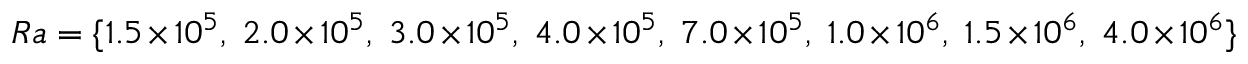
R a = \{ 1 . 5 \times 1 0 ^ { 5 } , \ 2 . 0 \times 1 0 ^ { 5 } , \ 3 . 0 \times 1 0 ^ { 5 } , \ 4 . 0 \times 1 0 ^ { 5 } , \ 7 . 0 \times 1 0 ^ { 5 } , \ 1 . 0 \times 1 0 ^ { 6 } , \ 1 . 5 \times 1 0 ^ { 6 } , \ 4 . 0 \times 1 0 ^ { 6 } \}